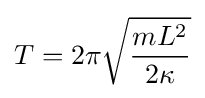
T=2\pi {\sqrt {\frac {mL^{2}}{2\kappa }}}